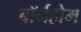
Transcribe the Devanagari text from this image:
बॉर्नहोम